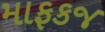
માફકજ